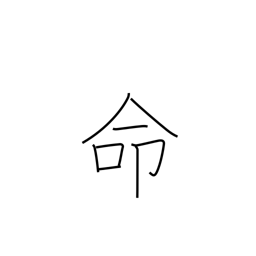
Meaning: appoint